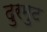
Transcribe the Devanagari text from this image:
दुरमुट